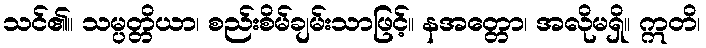
သင်၏။ သမ္ပတ္တိယာ၊ စည်းစိမ်ချမ်းသာဖြင့်။ နအတ္တော၊ အလိုမရှိ။ ဣတိ၊